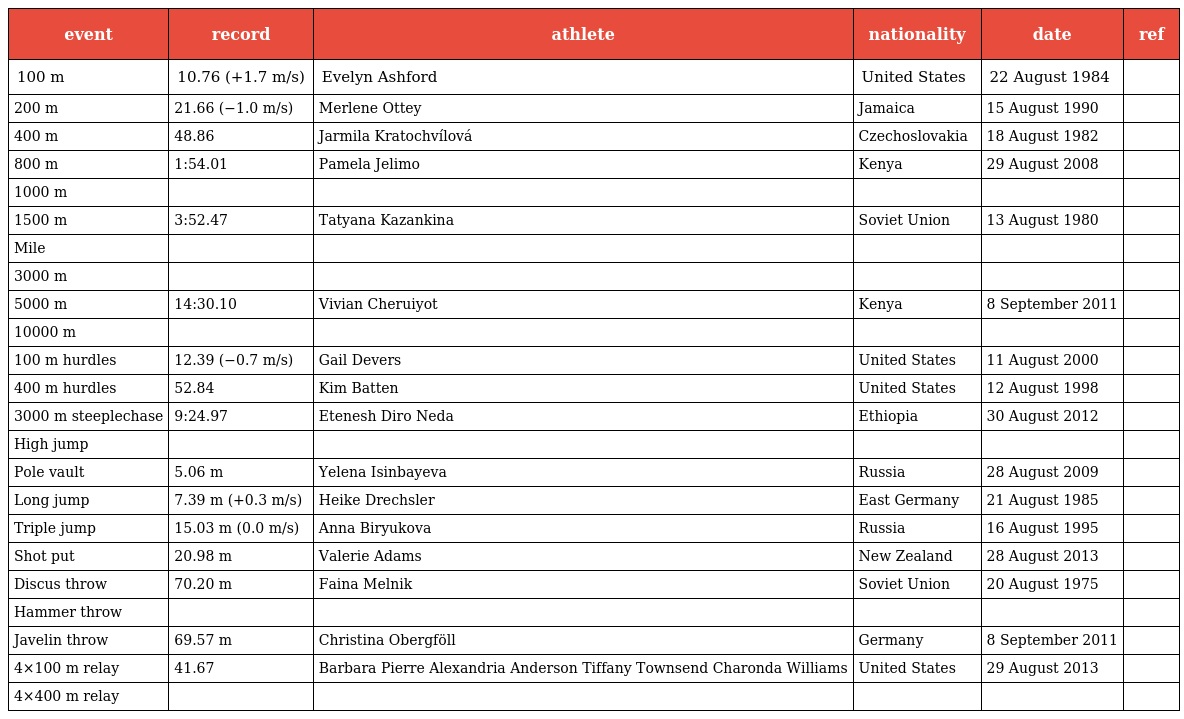
| event | record | athlete | nationality | date | ref |
 | --- | --- | --- | --- | --- | --- |
 | 100 m | 10.76 (+1.7 m/s) | Evelyn Ashford | United States | 22 August 1984 |  |
 | 200 m | 21.66 (−1.0 m/s) | Merlene Ottey | Jamaica | 15 August 1990 |  |
 | 400 m | 48.86 | Jarmila Kratochvílová | Czechoslovakia | 18 August 1982 |  |
 | 800 m | 1:54.01 | Pamela Jelimo | Kenya | 29 August 2008 |  |
 | 1000 m |  |  |  |  |  |
 | 1500 m | 3:52.47 | Tatyana Kazankina | Soviet Union | 13 August 1980 |  |
 | Mile |  |  |  |  |  |
 | 3000 m |  |  |  |  |  |
 | 5000 m | 14:30.10 | Vivian Cheruiyot | Kenya | 8 September 2011 |  |
 | 10000 m |  |  |  |  |  |
 | 100 m hurdles | 12.39 (−0.7 m/s) | Gail Devers | United States | 11 August 2000 |  |
 | 400 m hurdles | 52.84 | Kim Batten | United States | 12 August 1998 |  |
 | 3000 m steeplechase | 9:24.97 | Etenesh Diro Neda | Ethiopia | 30 August 2012 |  |
 | High jump |  |  |  |  |  |
 | Pole vault | 5.06 m | Yelena Isinbayeva | Russia | 28 August 2009 |  |
 | Long jump | 7.39 m (+0.3 m/s) | Heike Drechsler | East Germany | 21 August 1985 |  |
 | Triple jump | 15.03 m (0.0 m/s) | Anna Biryukova | Russia | 16 August 1995 |  |
 | Shot put | 20.98 m | Valerie Adams | New Zealand | 28 August 2013 |  |
 | Discus throw | 70.20 m | Faina Melnik | Soviet Union | 20 August 1975 |  |
 | Hammer throw |  |  |  |  |  |
 | Javelin throw | 69.57 m | Christina Obergföll | Germany | 8 September 2011 |  |
 | 4×100 m relay | 41.67 | Barbara Pierre Alexandria Anderson Tiffany Townsend Charonda Williams | United States | 29 August 2013 |  |
 | 4×400 m relay |  |  |  |  |  |